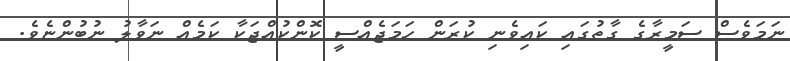
ނަމަވެސް ސަމީރާގެ ގާތުގައި ކައިވެނި ކުރަން ހަމަޖެއްސީ ކޮންކުއްޖަކާ ކަމެއް ނަވާލު ނުބުންޏެވެ.